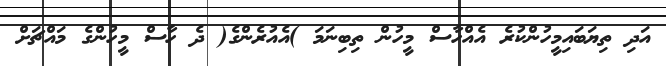
އަދި ތިޔަބައިމީހުންކުރެ އެއްހާސް މީހުން ތިބިނަމަ )އެއުރެންގެ( ދެ ހާސް މީހުންގެ މައްޗަށް